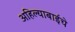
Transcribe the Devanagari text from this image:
अहिल्याबाईचे